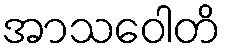
အာသဝေါတိ